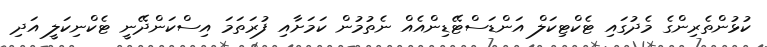
ކުޅުންތެރިންގެ މެދުގައި ޓެކްޓިކަލް އަންޑަސްޓޭޑިންއެއް ނެތުމުން ކަމަށާއި ފުރަތަމަ އިސްކަންދޭނީ ޓެކްނިކަލީ އަދި